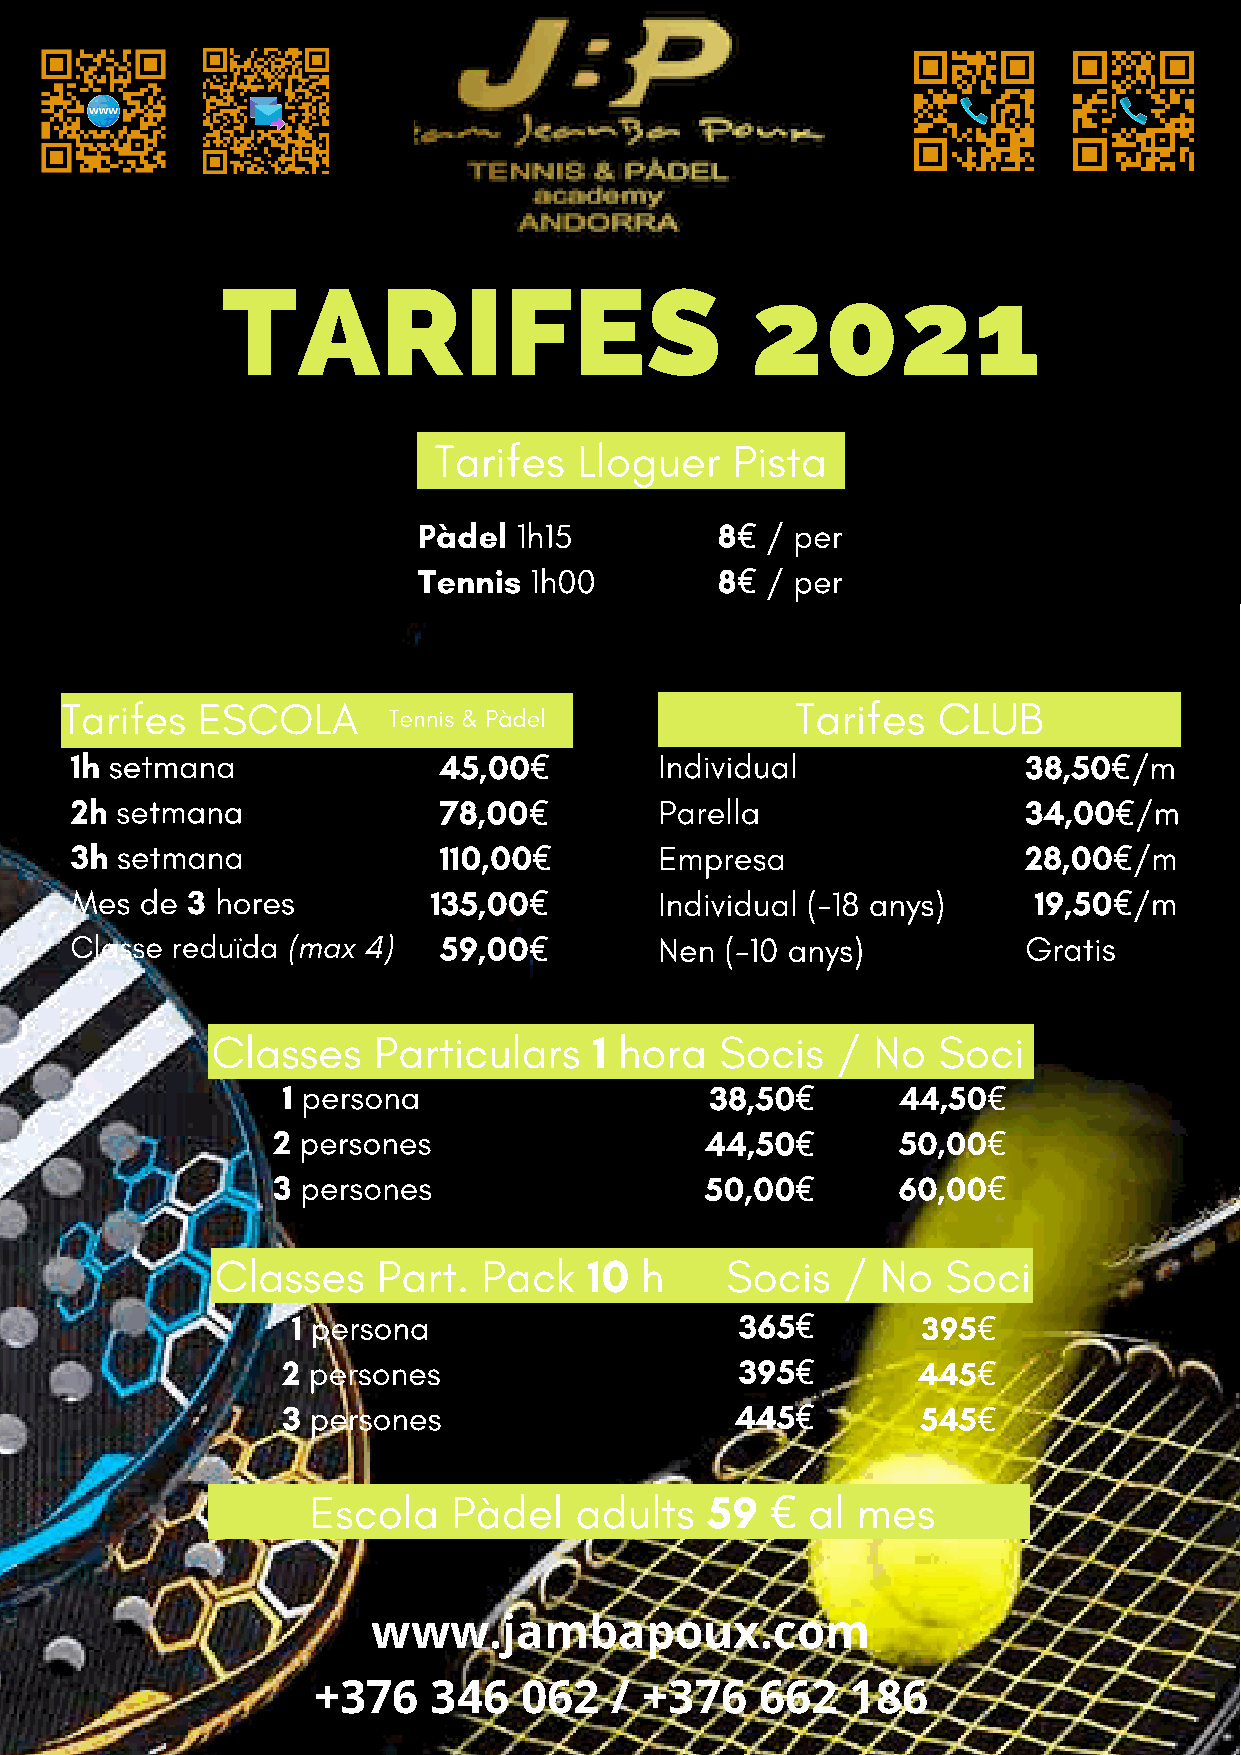
TARIFES                            2021
 Tarifes  Lloguer   Pista
 Pàdel 1h15         8   / per
 €
 Tennis 1h00        8   / per
 €
 Tarifes  ESCOLA                                  Tarifes  CLUB
 Tennis & Pàdel
 1h setmana              45,00          Individual              38,50  /m
 €                                      €
 2h setmana              78,00          Parella                 34,00  /m
 €                                      €
 3h setmana              110,00         Empresa                 28,00  /m
 €                                      €
 Mes de 3 hores         135,00          Individual (-18 anys)   19,50  /m
 €                                      €
 Classe reduïda (max 4)  59,00          Nen (-10 anys)          Gratis
 €
 Classes    Particulars   1 hora   Socis  /  No  Soci
 1 persona                   38,50        44,50
 €           €
 2 persones                   44,50        50,00
 €           €
 3 persones                   50,00       60,00
 €           €
 Classes    Part.  Pack   10 h     Socis   / No   Soci
 1 persona                     365         395
 €           €
 2 persones                    395         445
 €           €
 3 persones                    445         545
 €           €
 Escola   Pàdel   adults   59    al  mes
 €
 www.jambapoux.com
 +376   346   062   /  +376   662   186